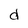
Character: d